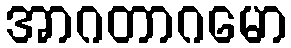
အာဂတာဂမော